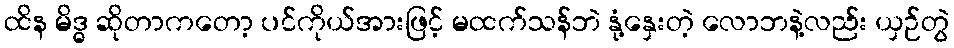
ထိန မိဒ္ဓ ဆိုတာကတော့ ပင်ကိုယ်အားဖြင့် မထက်သန်ဘဲ နုံ့နှေးတဲ့ လောဘနဲ့လည်း ယှဉ်တွဲ